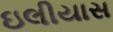
ઇલીયાસ